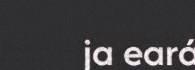
ja eará